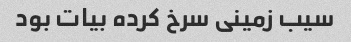
سیب زمینی سرخ کرده بیات بود